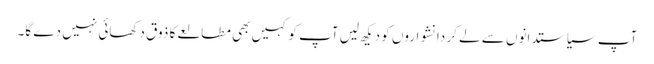
آپ سیاستدانوں سے لے کر دانشواروں کو دیکھ لیں آپ کو کہیں بھی مطالعے کا ذوق دکھائی نہیں دے گا۔